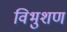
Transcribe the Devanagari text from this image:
विभुशण